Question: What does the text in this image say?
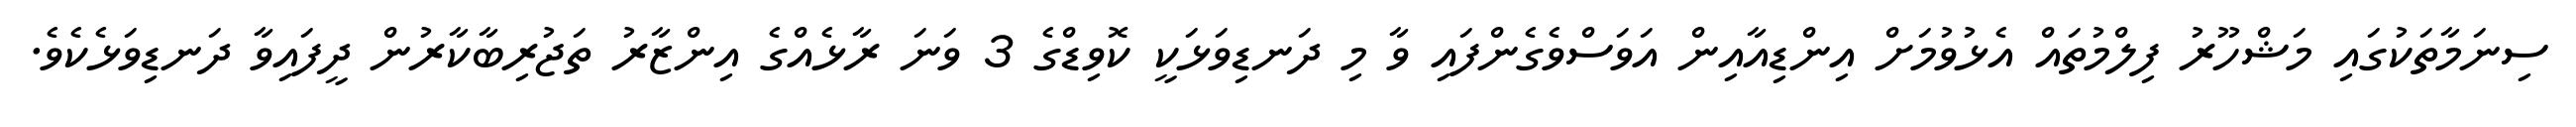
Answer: ސިނަމާތަކުގައި މަޝްހޫރު ފިލްމުތައް އެޅުވުމަށް އިންޑިއާއިން އަވަސްވެގެންފައި ވާ މި ދަނޑިވަޅަކީ ކޮވިޑްގެ 3 ވަނަ ރާޅެއްގެ އިންޒާރު ތަޖުރިބާކާރުން ދީފައިވާ ދަނޑިވަޅެކެވެ.